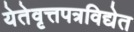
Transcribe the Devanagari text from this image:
येतेवृत्तपत्रविद्येत